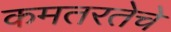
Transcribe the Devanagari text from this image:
कमतरतेचे